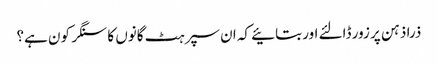
ذرا ذہن پر زور ڈالئے اور بتائیے کہ ان سپرہٹ گانوں کا سنگر کون ہے؟